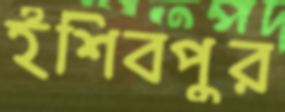
ইশিবপুর